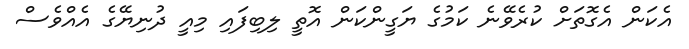
އެކަން އެގޮތަށް ކުރެވޭނެ ކަމުގެ ޔަގީންކަން އޮތީ ލިބިފައި މިއީ ދުނިޔޭގެ އެއްވެސް